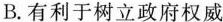
B.有利于树立政府权威